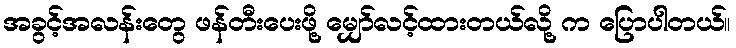
အခွင့်အလန်းတွေ ဖန်တီးပေးဖို့ မျှော်လင့်ထားတယ်လို့ က ပြောပါတယ်။